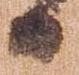
日